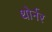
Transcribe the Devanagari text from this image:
थोर्नर